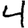
Digit: 4